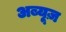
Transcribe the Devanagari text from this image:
अब्यूज़